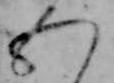
五